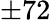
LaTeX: \pm 72